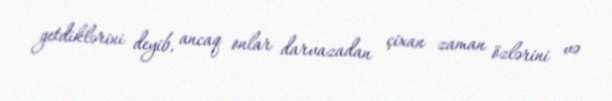
getdiklərini deyib, ancaq onlar darvazadan çixan zaman özlərini və